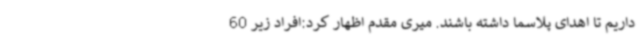
داریم تا اهدای پلاسما داشته باشند. میری مقدم اظهار کرد:افراد زیر 60